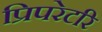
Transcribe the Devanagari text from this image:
प्रिपरेटरि